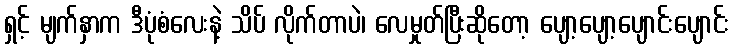
ရှင့် မျက်နှာက ဒီပုံစံလေးနဲ့ သိပ် လိုက်တာပဲ၊ လေမှုတ်ပြီးဆိုတော့ ပျော့ပျော့ပျောင်းပျောင်း